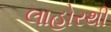
લાહોરથી